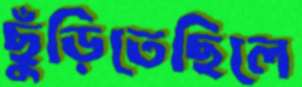
ছুঁড়িতেছিলে